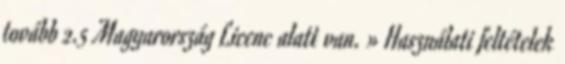
tovább 2.5 Magyarország Licenc alatt van. » Használati feltételek